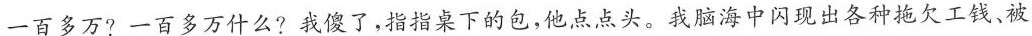
一百多万?一百多万什么?我傻了，指指桌下的包，他点点头。我脑海中闪现出各种拖欠工钱，被